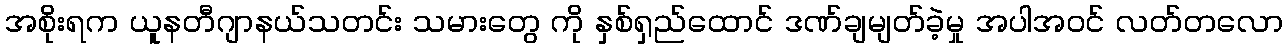
အစိုးရက ယူနတီဂျာနယ်သတင်း သမားတွေ ကို နှစ်ရှည်ထောင် ဒဏ်ချမျတ်ခဲ့မှု အပါအဝင် လတ်တလော